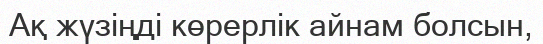
Ақ жүзіңді көрерлік айнам болсын,